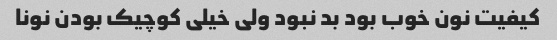
کیفیت نون خوب بود بد نبود ولی خیلی کوچیک بودن نونا